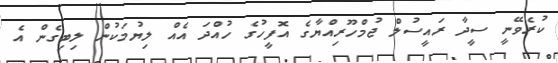
ކުރެވޭނީ ސީދާ ރައީސުލް ޖުމްހޫރިއްޔާގެ އޮފީހުގެ ހުއްދަ އެއް ލިޔުމަކުން ލިބިގެން އެެ